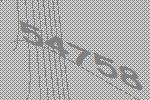
54758